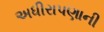
અધીરાપણાની